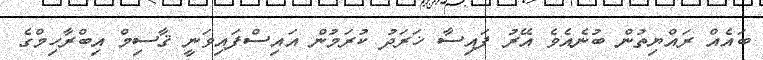
ބައެއް ރައްޔިތުން ބުނެއެވެ އޭރު ފައިސާ ޚަރަދު ކުރަމުން އައިސްފައިވަނީ ޤާސިމް އިބްރާހިމްގެ